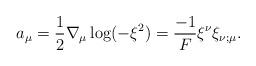
LaTeX: \begin{align*}a_\mu=\frac{1}{2}\nabla_\mu \log (-\xi^2)=\frac{-1}{F}\xi^\nu \xi_{\nu;\mu}.\end{align*}